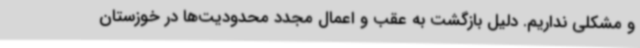
و مشکلی نداریم. دلیل بازگشت به عقب و اعمال مجدد محدودیت‌ها در خوزستان